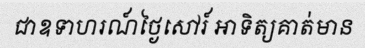
ជាឧទាហរណ៍ថ្ងៃសៅរ៍ អាទិត្យគាត់មាន